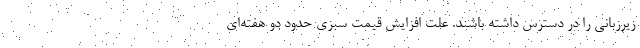
زیرزبانی را در دسترس داشته باشند. علت افزایش قیمت سبزی حدود دو هفته‌ای